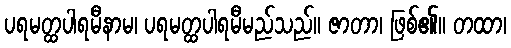
ပရမတ္ထပါရမီနာမ၊ ပရမတ္ထပါရမီမည်သည်။ ဇာတာ၊ ဖြစ်၏။ တထာ၊